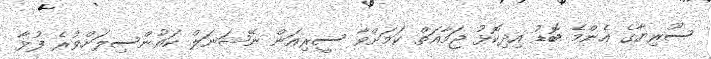
ސޫރިޔާގެ އެންމެ ބޮޑު އިދިކޮޅު ޖަމާއަތް ކަމަށްވާ ސީރިއަން ނޭޝަނަލް ކައުންސިލަށްވުރެ ފުޅާ